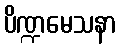
ပိဏ္ဍမေသနာ